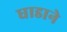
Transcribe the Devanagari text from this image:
धाडाने